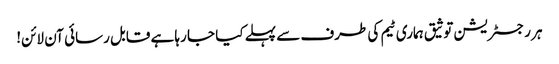
ہر رجسٹریشن توثیق ہماری ٹیم کی طرف سے پہلے کیا جا رہا ہے قابل رسائی آن لائن!